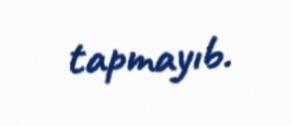
tapmayıb.